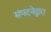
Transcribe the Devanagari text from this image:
संघटनेद्वारा